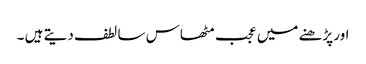
اور پڑھنے میں عجب مٹھاس سا لطف دیتے ہیں ۔